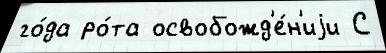
го́да ро́та освобожд'е́н'иjи С